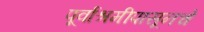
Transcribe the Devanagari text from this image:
पूर्वाश्रमीपासूनचे